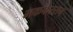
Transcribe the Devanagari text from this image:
मकफेरसन